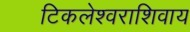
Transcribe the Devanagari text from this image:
टिकलेश्वराशिवाय